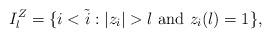
LaTeX: \begin{align*}I_l^Z=\{i<\tilde{i}:|z_i|>l\mathrm{\ and\ } z_i(l)=1 \},\end{align*}